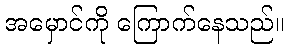
အမှောင်ကို ကြောက်နေသည်။